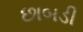
છાબડી